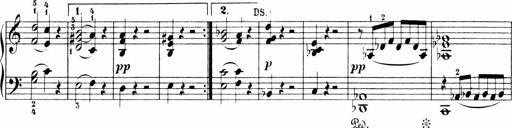
Title: Sonatinen Op.47, 98 und 136, nebst 6 Liedersonatinen
Composer: Carl Reinecke